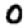
Digit: 0